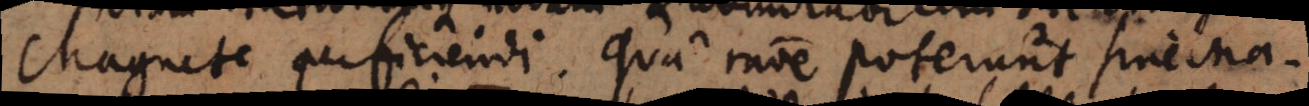
Magnete perficiendi. Qua ratione poterunt sine Ma-